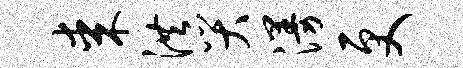
某洪哭漫更